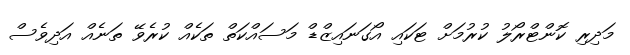
މަދިރި ކޮންޓްރޯލު ކުރުމަށް ޓަކައި އޯގަނައިޒްޑް މަސައްކަތް ތަކެއް ކުރެވޭ ތަނެއް އަދިވެސް